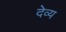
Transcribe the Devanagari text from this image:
देव्य